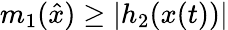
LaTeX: m_{1}({\hat{x}})\geq|h_{2}(x(t))|